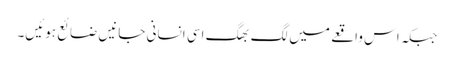
جبکہ اس واقعے میں لگ بھگ اسی انسانی جانیں ضائع ہوئیں۔